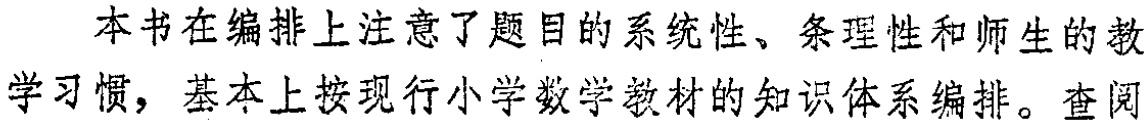
本书在编排上注意了题目的系统性、条理性和师生的教学习惯，基本上按现行小学数学教材的知识体系编排。查阅